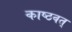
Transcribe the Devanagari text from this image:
काष्ठवत्